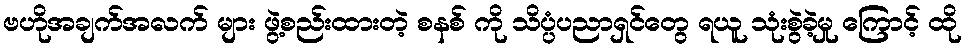
ဗဟိုအချက်အလက် များ ဖွဲ့စည်းထားတဲ့ စနစ် ကို သိပ္ပံပညာရှင်တွေ ရယူ သုံးစွဲခဲ့မှု ကြောင့် ထို